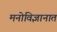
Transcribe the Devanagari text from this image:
मनोविज्ञानात